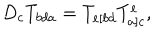
D _ { c } T _ { b d a } = T _ { e [ b d } T _ { a ] c } ^ { e } ,